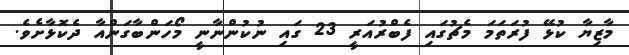
މާޒިޔާ ކުޅޭ ފުރަތަމަ މެޗުގައި ފެބްރުއަރީ 23 ގައި ނުކުންނާނީ މޯހަންބާގަންއާ ދެކޮޅާށެވެ.